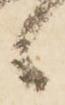
候